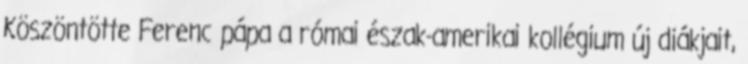
Köszöntötte Ferenc pápa a római észak-amerikai kollégium új diákjait,